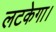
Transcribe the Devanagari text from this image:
लटकेगा।